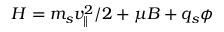
H = m _ { s } v _ { \parallel } ^ { 2 } / 2 + \mu B + q _ { s } \phi